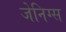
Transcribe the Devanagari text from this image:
जेनिग्स